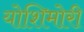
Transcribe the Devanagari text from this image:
योशिमोरी